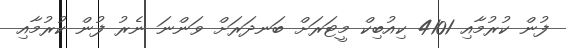
ފުން ކުރުމާއި 4101 ކިއުބިކް މީޓަރަށް ބަނދަރަށް ވަންނަ ނެރު ފުން ކުރުމާއި